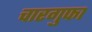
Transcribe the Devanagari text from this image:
चारगुफा